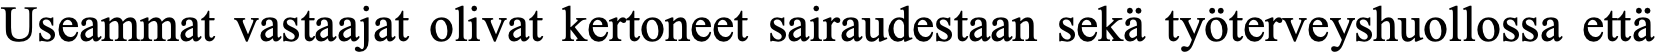
Useammat vastaajat olivat kertoneet sairaudestaan sekä työterveyshuollossa että